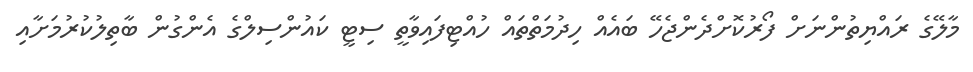
މާލޭގެ ރައްޔިތުންނަށް ފޯރުކޮށްދެންޖެހޭ ބައެއް ހިދުމަތްތައް ހުއްޓިފައިވާތީ ސިޓީ ކައުންސިލްގެ އެންގުން ބާތިލުކުރުމަށާއި